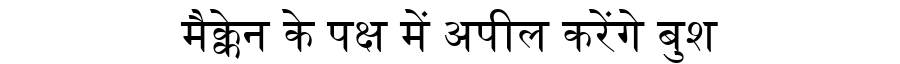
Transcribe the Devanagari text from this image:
मैक्केन के पक्ष में अपील करेंगे बुश